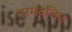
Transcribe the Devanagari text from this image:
नरमदलिए